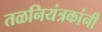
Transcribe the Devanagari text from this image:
तळनियंत्रकांनी